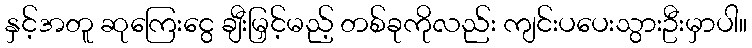
နှင့်အတူ ဆုကြေးငွေ ချီးမြှင့်မည့် တစ်ခုကိုလည်း ကျင်းပပေးသွားဦးမှာပါ။